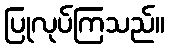
ပြုလုပ်ကြသည်။